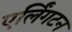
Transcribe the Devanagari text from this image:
एर्लिंगटन